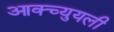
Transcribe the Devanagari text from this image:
आक्च्युयली